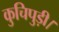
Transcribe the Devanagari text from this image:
कुचिपुड़ी।